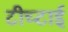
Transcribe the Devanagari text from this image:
टीच्टाई